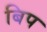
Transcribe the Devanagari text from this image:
बिप